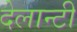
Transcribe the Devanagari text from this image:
देलान्टी